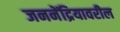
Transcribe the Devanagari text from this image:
जननेंद्रियावरील